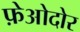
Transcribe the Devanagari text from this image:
फ़ेओदोर